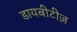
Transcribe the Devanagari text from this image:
डायबीटीज़